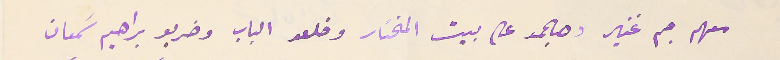
معهم جم غفير وهجموا على بيت المختار وخلعو الباب وضربو براهيم سَمعان